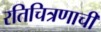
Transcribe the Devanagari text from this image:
रतिचित्रणाची